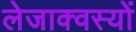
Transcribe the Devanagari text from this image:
लेजाक्वस्यों